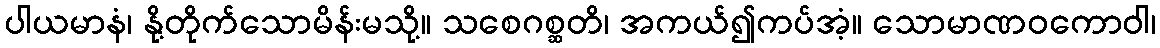
ပါယမာနံ၊ နို့တိုက်သောမိန်းမသို့။ သစေဂစ္ဆတိ၊ အကယ်၍ကပ်အံ့။ သောမာဏဝကောဝါ၊